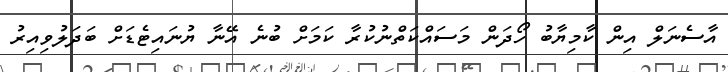
އާސެނަލް އިން ކާމިޔާބު ހޯދަން މަސައްކަތްނުކުރާ ކަމަށް ބުނެ އޭނާ ޔުނައިޓެޑަށް ބަދަލުވިއިރު